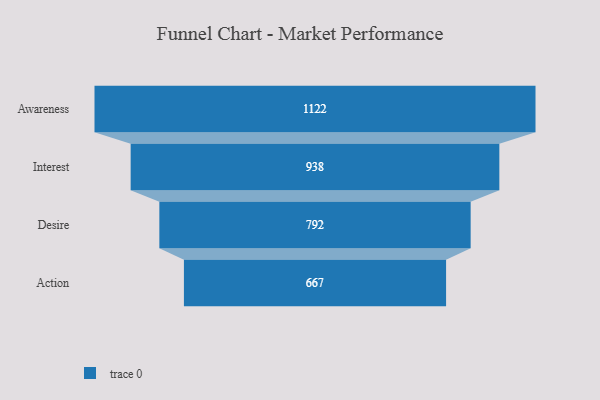
{"axis": {"x": "Stage", "y": "Value"}, "legend": [""], "data": [{"x": "Awareness", "y": 1122.0, "type": ""}, {"x": "Interest", "y": 938.0, "type": ""}, {"x": "Desire", "y": 792.0, "type": ""}, {"x": "Action", "y": 667.0, "type": ""}]}